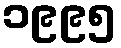
၁၉၉၅